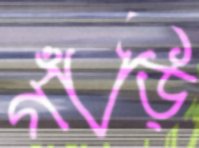
গাঁড়ি